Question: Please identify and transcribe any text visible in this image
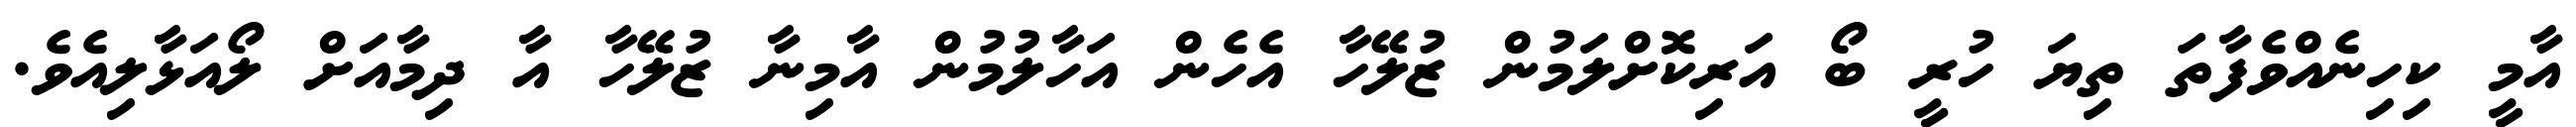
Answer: އާމީ ކިހިނެއްވެފާތަ ތިޔަ ހުރީ ބޯ އަރިކޮށްލަމުން ޒުލޭހާ އެހެން އަހާލުމުން އާމިނާ ޒުލޭހާ އާ ދިމާއަށް ލޯއަޅާލިއެވެ.